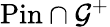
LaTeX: {\operatorname{Pin}}\cap{\mathcal{G}}^{+}